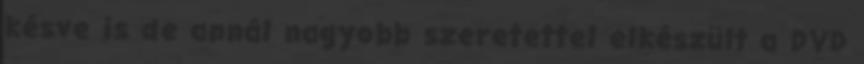
késve is de annál nagyobb szeretettel elkészült a DVD